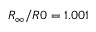
R _ { \infty } / R 0 = 1 . 0 0 1